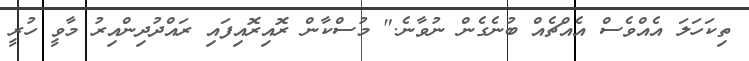
ތިކަހަލަ އެއްވެސް އެއްޗެއް ބުނެގެން ނުވާނެ." މުސްކާން ރޮއިރޮއިފައި ރައްދުދިންއިރު މާވީ ހުރީ